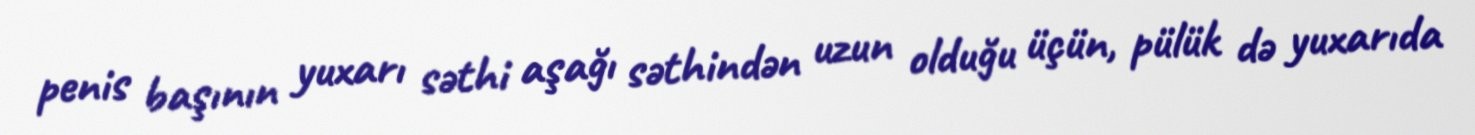
penis başının yuxarı səthi aşağı səthindən uzun olduğu üçün, pülük də yuxarıda